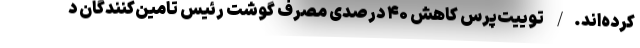
کرده‌اند./ توییت‌پرس کاهش ۴۰ درصدی مصرف گوشت رئیس تامین‌کنندگان د